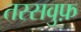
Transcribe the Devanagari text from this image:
तस्सवुफ़